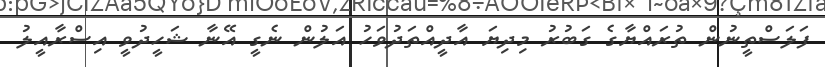
ފަލަސްތީނުން ތުރައްޔާގެ ގަބުރު މިދިޔަ އާދީއްތަދުވަހު އަލުން ނެގީ އޭނާ ޝަހީދުވީ އިސްރާއީލު